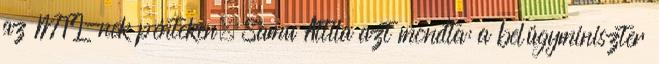
az MTI-nek pénteken. Samu Attila azt mondta: a belügyminiszter